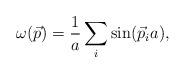
LaTeX: \begin{align*}\omega(\vec p)={1\over a}\sum_i \sin(\vec p_i a),\end{align*}